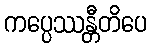
ကပ္ပေဿန္တီတိပေ